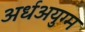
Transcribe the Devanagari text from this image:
अर्धअयुग्म